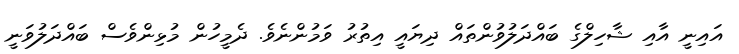
އައިނީ އާއި ޝާހިލްގެ ބައްދަލުވުންތައް ދިޔައީ އިތުރު ވަމުންނެވެ. ދެމީހުން މުޅިންވެސް ބައްދަލުވަނީ